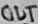
Text: OUT